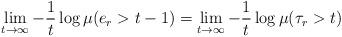
LaTeX: \begin{align*}\lim_{t \to \infty} - \frac 1t \log \mu (e_r > t-1) = \lim_{t \to \infty} - \frac{1}{t} \log \mu(\tau_r > t) \end{align*}